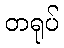
တရုပ်